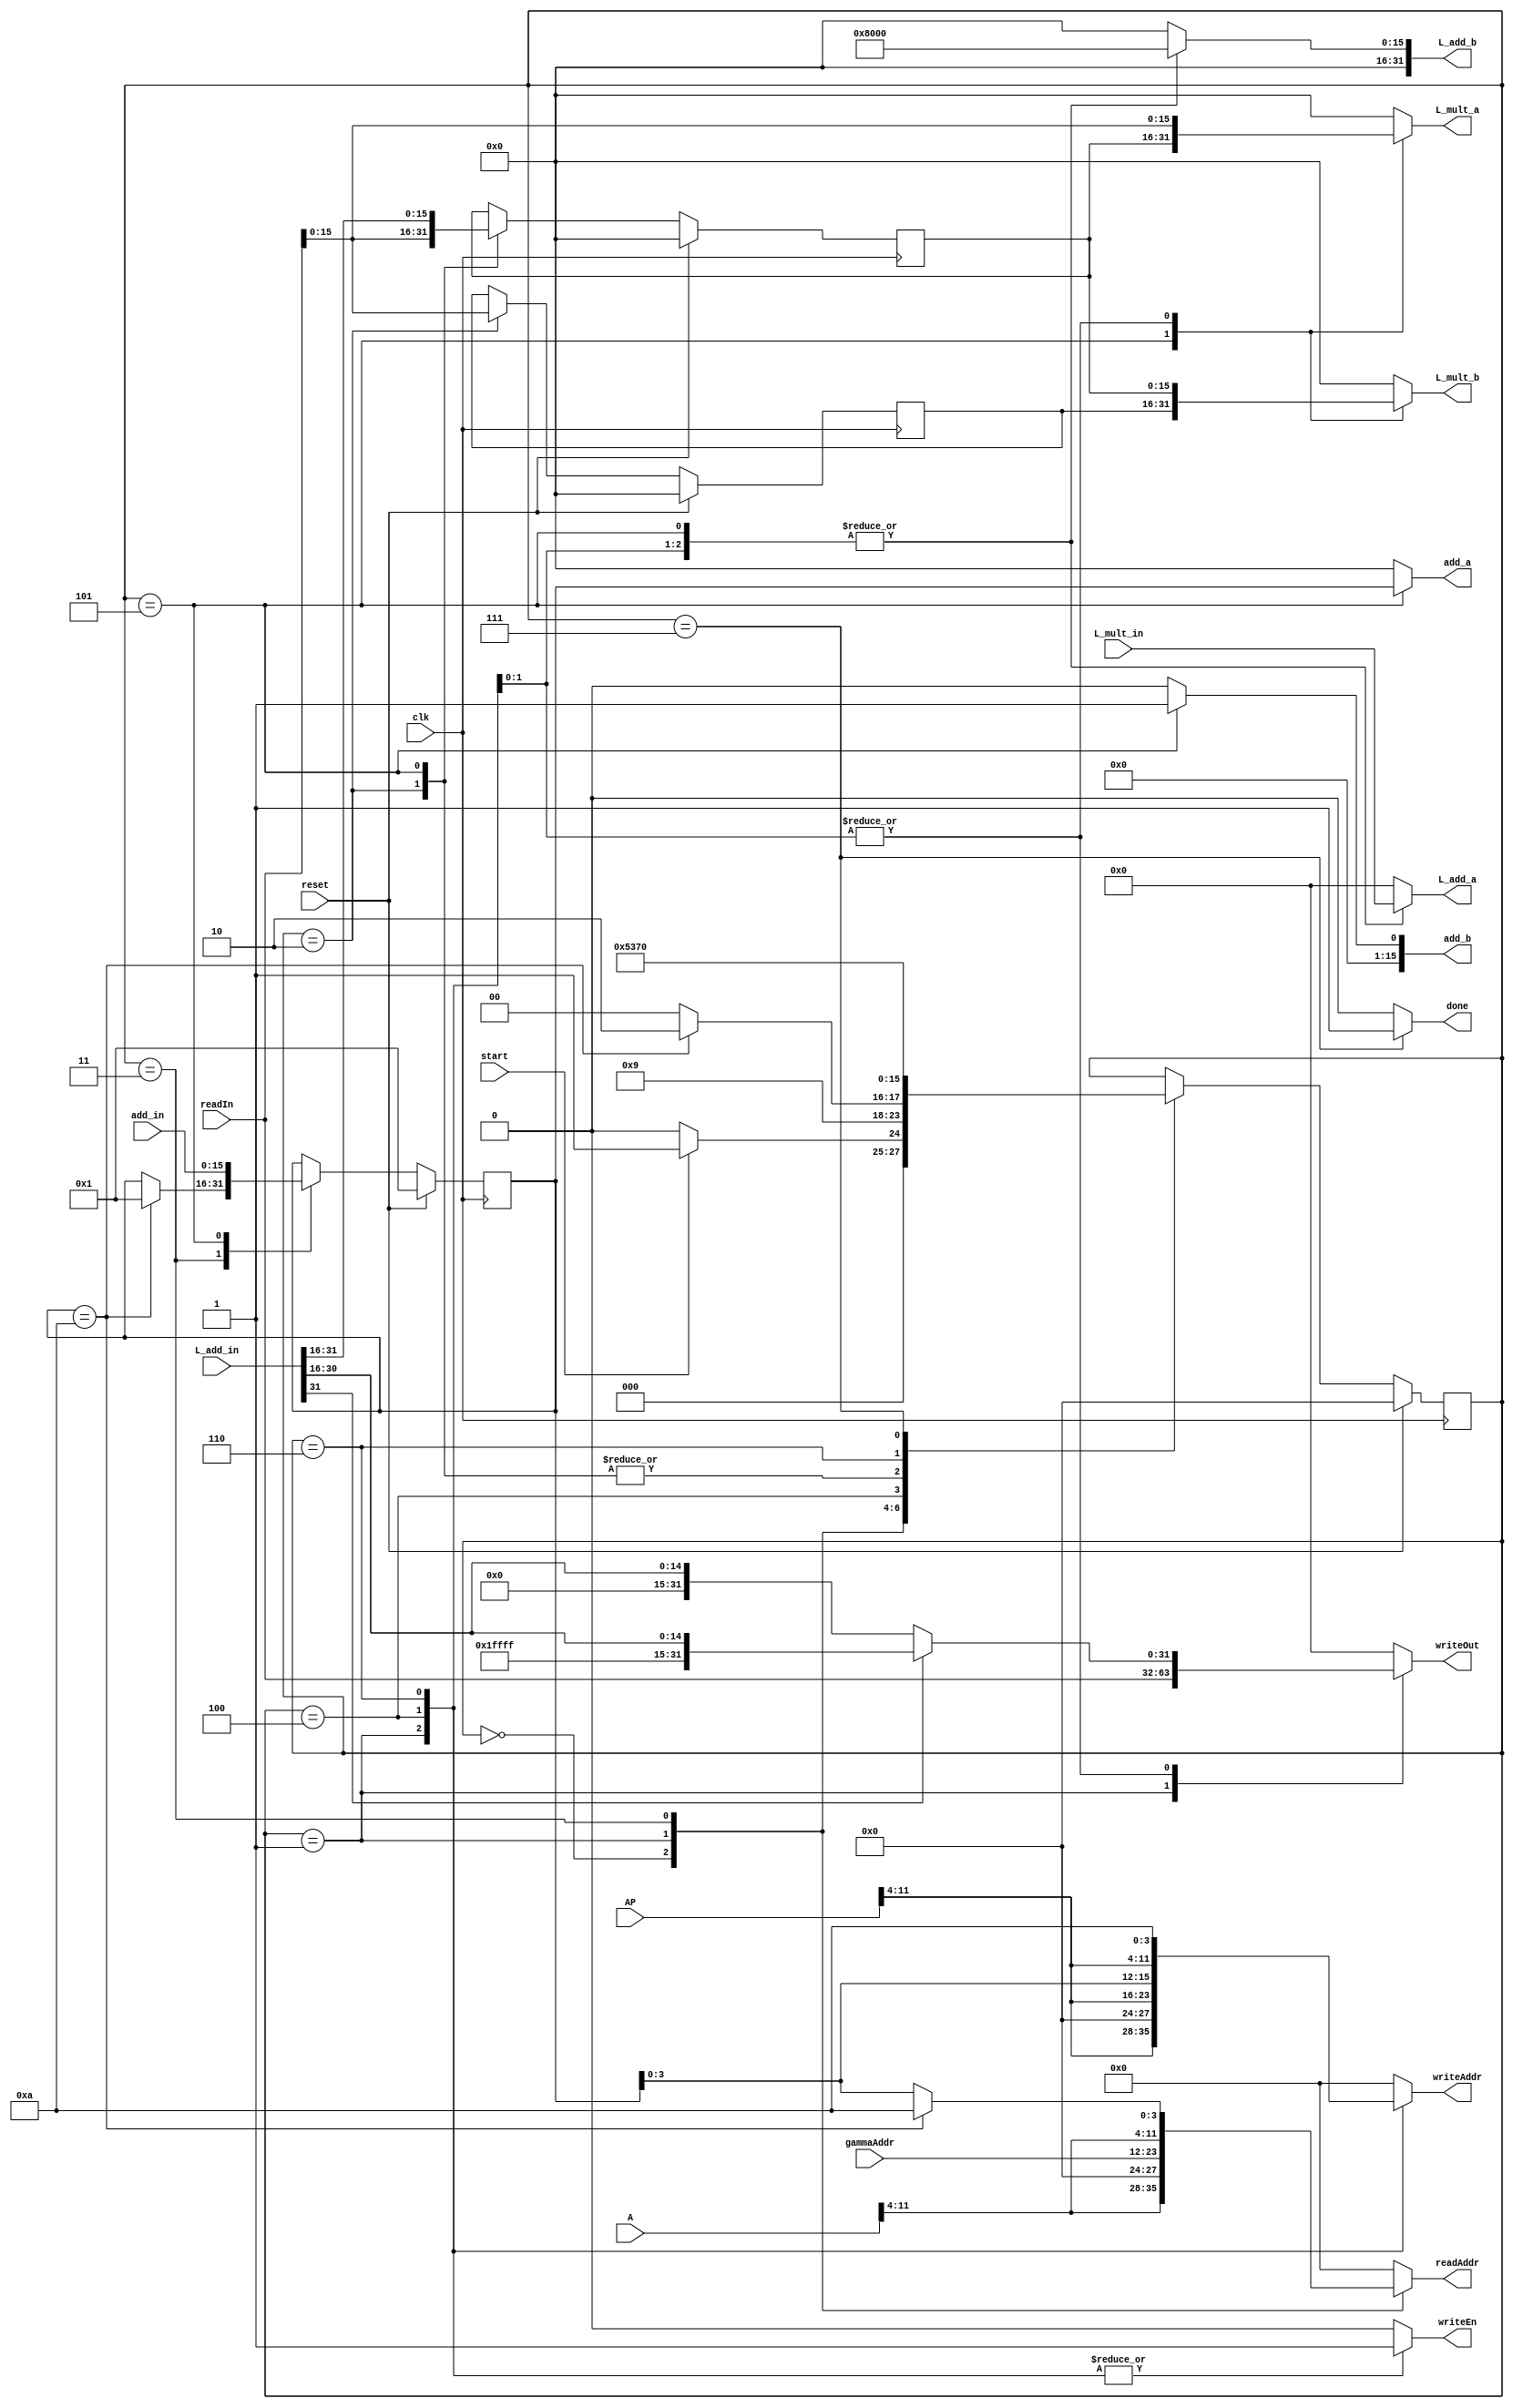
module Weight_Az(start, clk, done, reset, A, AP, gammaAddr, readAddr, readIn, writeAddr, writeOut, writeEn, 
						L_mult_in, L_add_in, add_in, L_mult_a, L_mult_b, add_a, add_b, L_add_a, L_add_b);
   input start;
   input clk;
   input reset;
	input [31:0] readIn;
	input [11:0] A, AP;
	input [11:0] gammaAddr;
	output reg done;
	output reg [11:0] writeAddr;
	output reg [31:0] writeOut;
	output reg writeEn;
	output reg [11:0] readAddr;
	
	input [31:0] L_mult_in, L_add_in;
	input [15:0] add_in;
	output reg [15:0] L_mult_a, L_mult_b, add_a, add_b;
	output reg [31:0] L_add_a, L_add_b;
	
	
	parameter INIT = 0;
	parameter S1 = 1;
	parameter S2 = 2;
	parameter S3 = 3;
	parameter S4 = 4;
	parameter S5 = 5;
	parameter S6 = 6;
	parameter S7 = 7;
	
	parameter m = 10;
	wire [31:0] readIn;
	wire [11:0] A, AP;
	wire [11:0] gammaAddr;
	reg [3:0] state, nextstate;
	reg [15:0] fac, nextfac, iter, nextiter;
	reg [15:0] gamma, nextgamma;
	
	always @(posedge clk)
		begin
			if(reset)
				fac <= 0;
			else
				fac <= nextfac;
		end
	
	
	always @(posedge clk)
		begin
			if(reset)
				gamma <= 0;
			else
				gamma <= nextgamma;
		end
		
		
	always @(posedge clk)
		begin
			if(reset)
				iter <= 1;
			else
				iter <= nextiter;
		end
	
	
	always @(posedge clk)
		begin
			if (reset)
				 state <= INIT;
			else
				 state <= nextstate;
		 end
	
	always@(*)
		begin
		nextstate = state;
		nextgamma = gamma;
		nextfac = fac;
		nextiter = iter;
		add_a = 0;
		add_b = 0;
		L_add_a = 0;
		L_add_b = 0;
		L_mult_a = 0;
		L_mult_b = 0;
		writeAddr = 0;
		writeOut = 0;
		writeEn = 0;
		readAddr = 0;
		done = 0;
		
			case(state)
				INIT:	//read in a[0]
					begin
						readAddr = {A[11:4], 4'd0};
						if(start)
							begin
								nextstate = S1;
							end
						else
							nextstate = INIT;
					end
		
				S1: //ap[0] = ap[0];  //read in gamma
					begin
						writeAddr = {AP[11:4], 4'd0};
						writeOut = readIn;
						writeEn = 1;
						readAddr = gammaAddr;
						nextstate = S2;
					end
					
				S2: //fac = gamma
					begin
						nextfac = readIn;
						nextgamma = readIn;
						nextstate = S3;
					end
					
				S3: //begin loop
					begin
						if(iter == m)
							begin
								nextiter = 1;
								readAddr = {A[11:4], 4'd10};
								nextstate = S6;
							end
						
						else
							begin
								readAddr = {A[11:4], iter[3:0]};
								nextstate = S4;
							end
					end
					
				S4:
					begin
						L_mult_a = readIn;
						L_mult_b = fac;
						L_add_a = L_mult_in;
						L_add_b = 32'h00008000;
						writeAddr = {AP[11:4], iter[3:0]};
						if (L_add_in[31] == 1)
							writeOut = {16'hffff, L_add_in[31:16]};
						else
							writeOut = {16'h0000, L_add_in[31:16]};
						writeEn = 1;
						nextstate = S5;
					end
					
				S5:
					begin
						L_mult_a = fac;
						L_mult_b = gamma;
						L_add_a = L_mult_in;
						L_add_b = 32'h00008000;
						nextfac = L_add_in[31:16];
						add_a = iter;
						add_b = 1'd1;
						nextiter = add_in;
						nextstate = S3;
					end
				
				S6:
					begin
						L_mult_a = readIn;
						L_mult_b = fac;
						L_add_a = L_mult_in;
						L_add_b = 32'h00008000;
						writeAddr = {AP[11:4], 4'd10};
						if (L_add_in[31] == 1)
							writeOut = {16'hffff, L_add_in[31:16]};
						else
							writeOut = {16'h0000, L_add_in[31:16]};
						writeEn = 1;
						nextstate = S7;
					end
					
				S7:
					begin
						done = 1;
						nextstate = INIT;
					end

				
			endcase
		end

endmodule